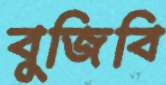
বুজিবি